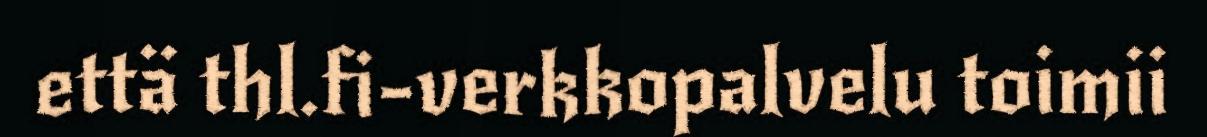
että thl.fi-verkkopalvelu toimii